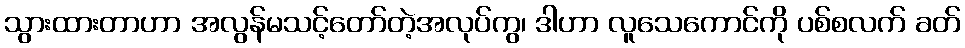
သွားထားတာဟာ အလွန်မသင့်တော်တဲ့အလုပ်ကွ၊ ဒါဟာ လူသေကောင်ကို ပစ်စလက် ခတ်